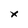
Character: x